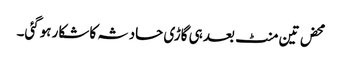
محض تین منٹ بعد ہی گاڑی حادثہ کا شکار ہوگئی۔